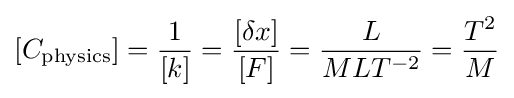
[C_{\text{physics}}]={\frac {1}{[k]}}={\frac {[\delta x]}{[F]}}={\frac {L}{MLT^{-2}}}={\frac {T^{2}}{M}}